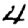
Digit: 4